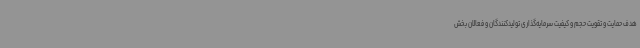
هدف حمایت و تقویت حجم و کیفیت سرمایه‌گذاری تولیدکنندگان و فعالان بخش